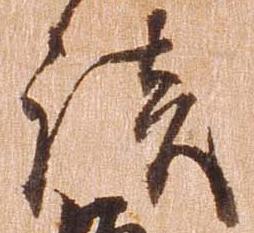
談